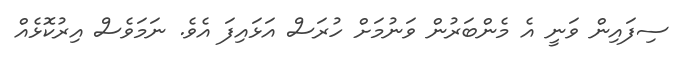
ސިފައިން ވަނީ އެ މެންބަރުން ވަނުމަށް ހުރަސް އަޅައިފަ އެވެ. ނަމަވެސް އިރުކޮޅެއް